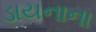
ડાયનાના